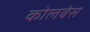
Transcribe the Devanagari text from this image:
कोलबंस